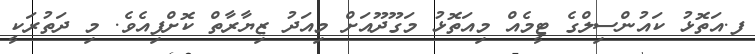
ފ.އަތޮޅު ކައުންސިލްގެ ޓީމެއް މިއަތޮޅު މަގޫދޫއަށް މިއަދު ޒިޔާރާތް ކޮށްފިއެވެ. މި ދަތުރަކީ